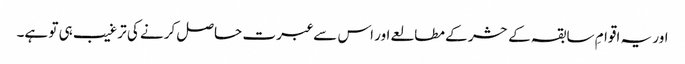
اور یہ اقوامِ سابقہ کے حشر کے مطالعے اور اس سے عبرت حاصل کرنے کی ترغیب ہی تو ہے۔